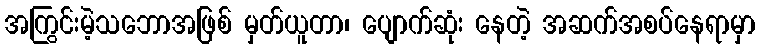
အကြွင်းမဲ့သဘောအဖြစ် မှတ်ယူတာ၊ ပျောက်ဆုံး နေတဲ့ အဆက်အစပ်နေရာမှာ